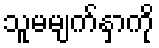
သူမမျက်နှာကို